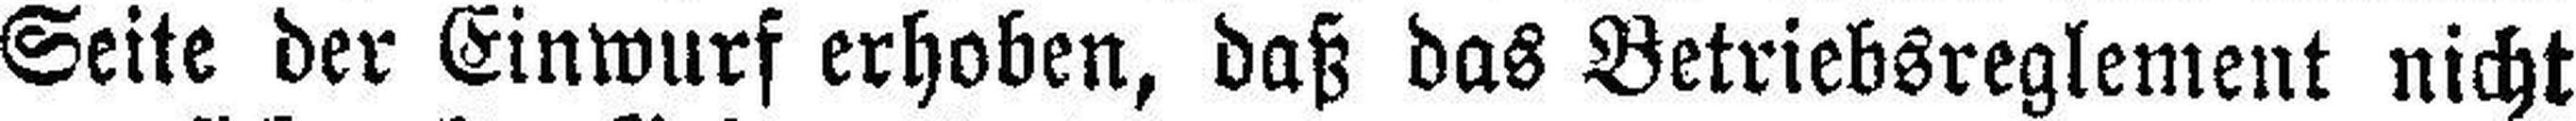
Seite der Einwurf erhoben, daß das Betriebsreglement nicht